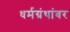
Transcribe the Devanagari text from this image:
धर्मग्रंथांवर